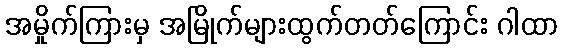
အမှိုက်ကြားမှ အမြိုက်များထွက်တတ်ကြောင်း ဂါထာ